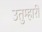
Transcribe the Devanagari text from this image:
उतुम्हारी